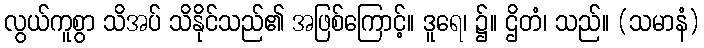
လွယ်ကူစွာ သိအပ် သိနိုင်သည်၏ အဖြစ်ကြောင့်။ ဒူရေ၊ ၌။ ဌိတံ၊ သည်။ (သမာနံ)